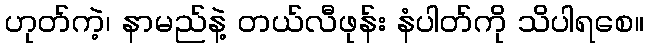
ဟုတ်ကဲ့၊ နာမည်နဲ့ တယ်လီဖုန်း နံပါတ်ကို သိပါရစေ။